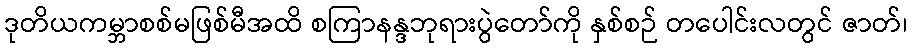
ဒုတိယကမ္ဘာစစ်မဖြစ်မီအထိ စကြာနန္ဒဘုရားပွဲတော်ကို နှစ်စဉ် တပေါင်းလတွင် ဇာတ်၊